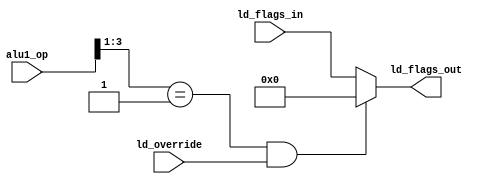
module ld_override( ld_override, alu1_op, ld_flags_in, ld_flags_out);
input        ld_override;
input  [3:0] alu1_op;
input  [5:0] ld_flags_in;
output [5:0] ld_flags_out;

assign ld_flags_out = ((alu1_op[3:1] == 3'b001) & (ld_override == 1'b1))? 6'd0 : ld_flags_in;

endmodule